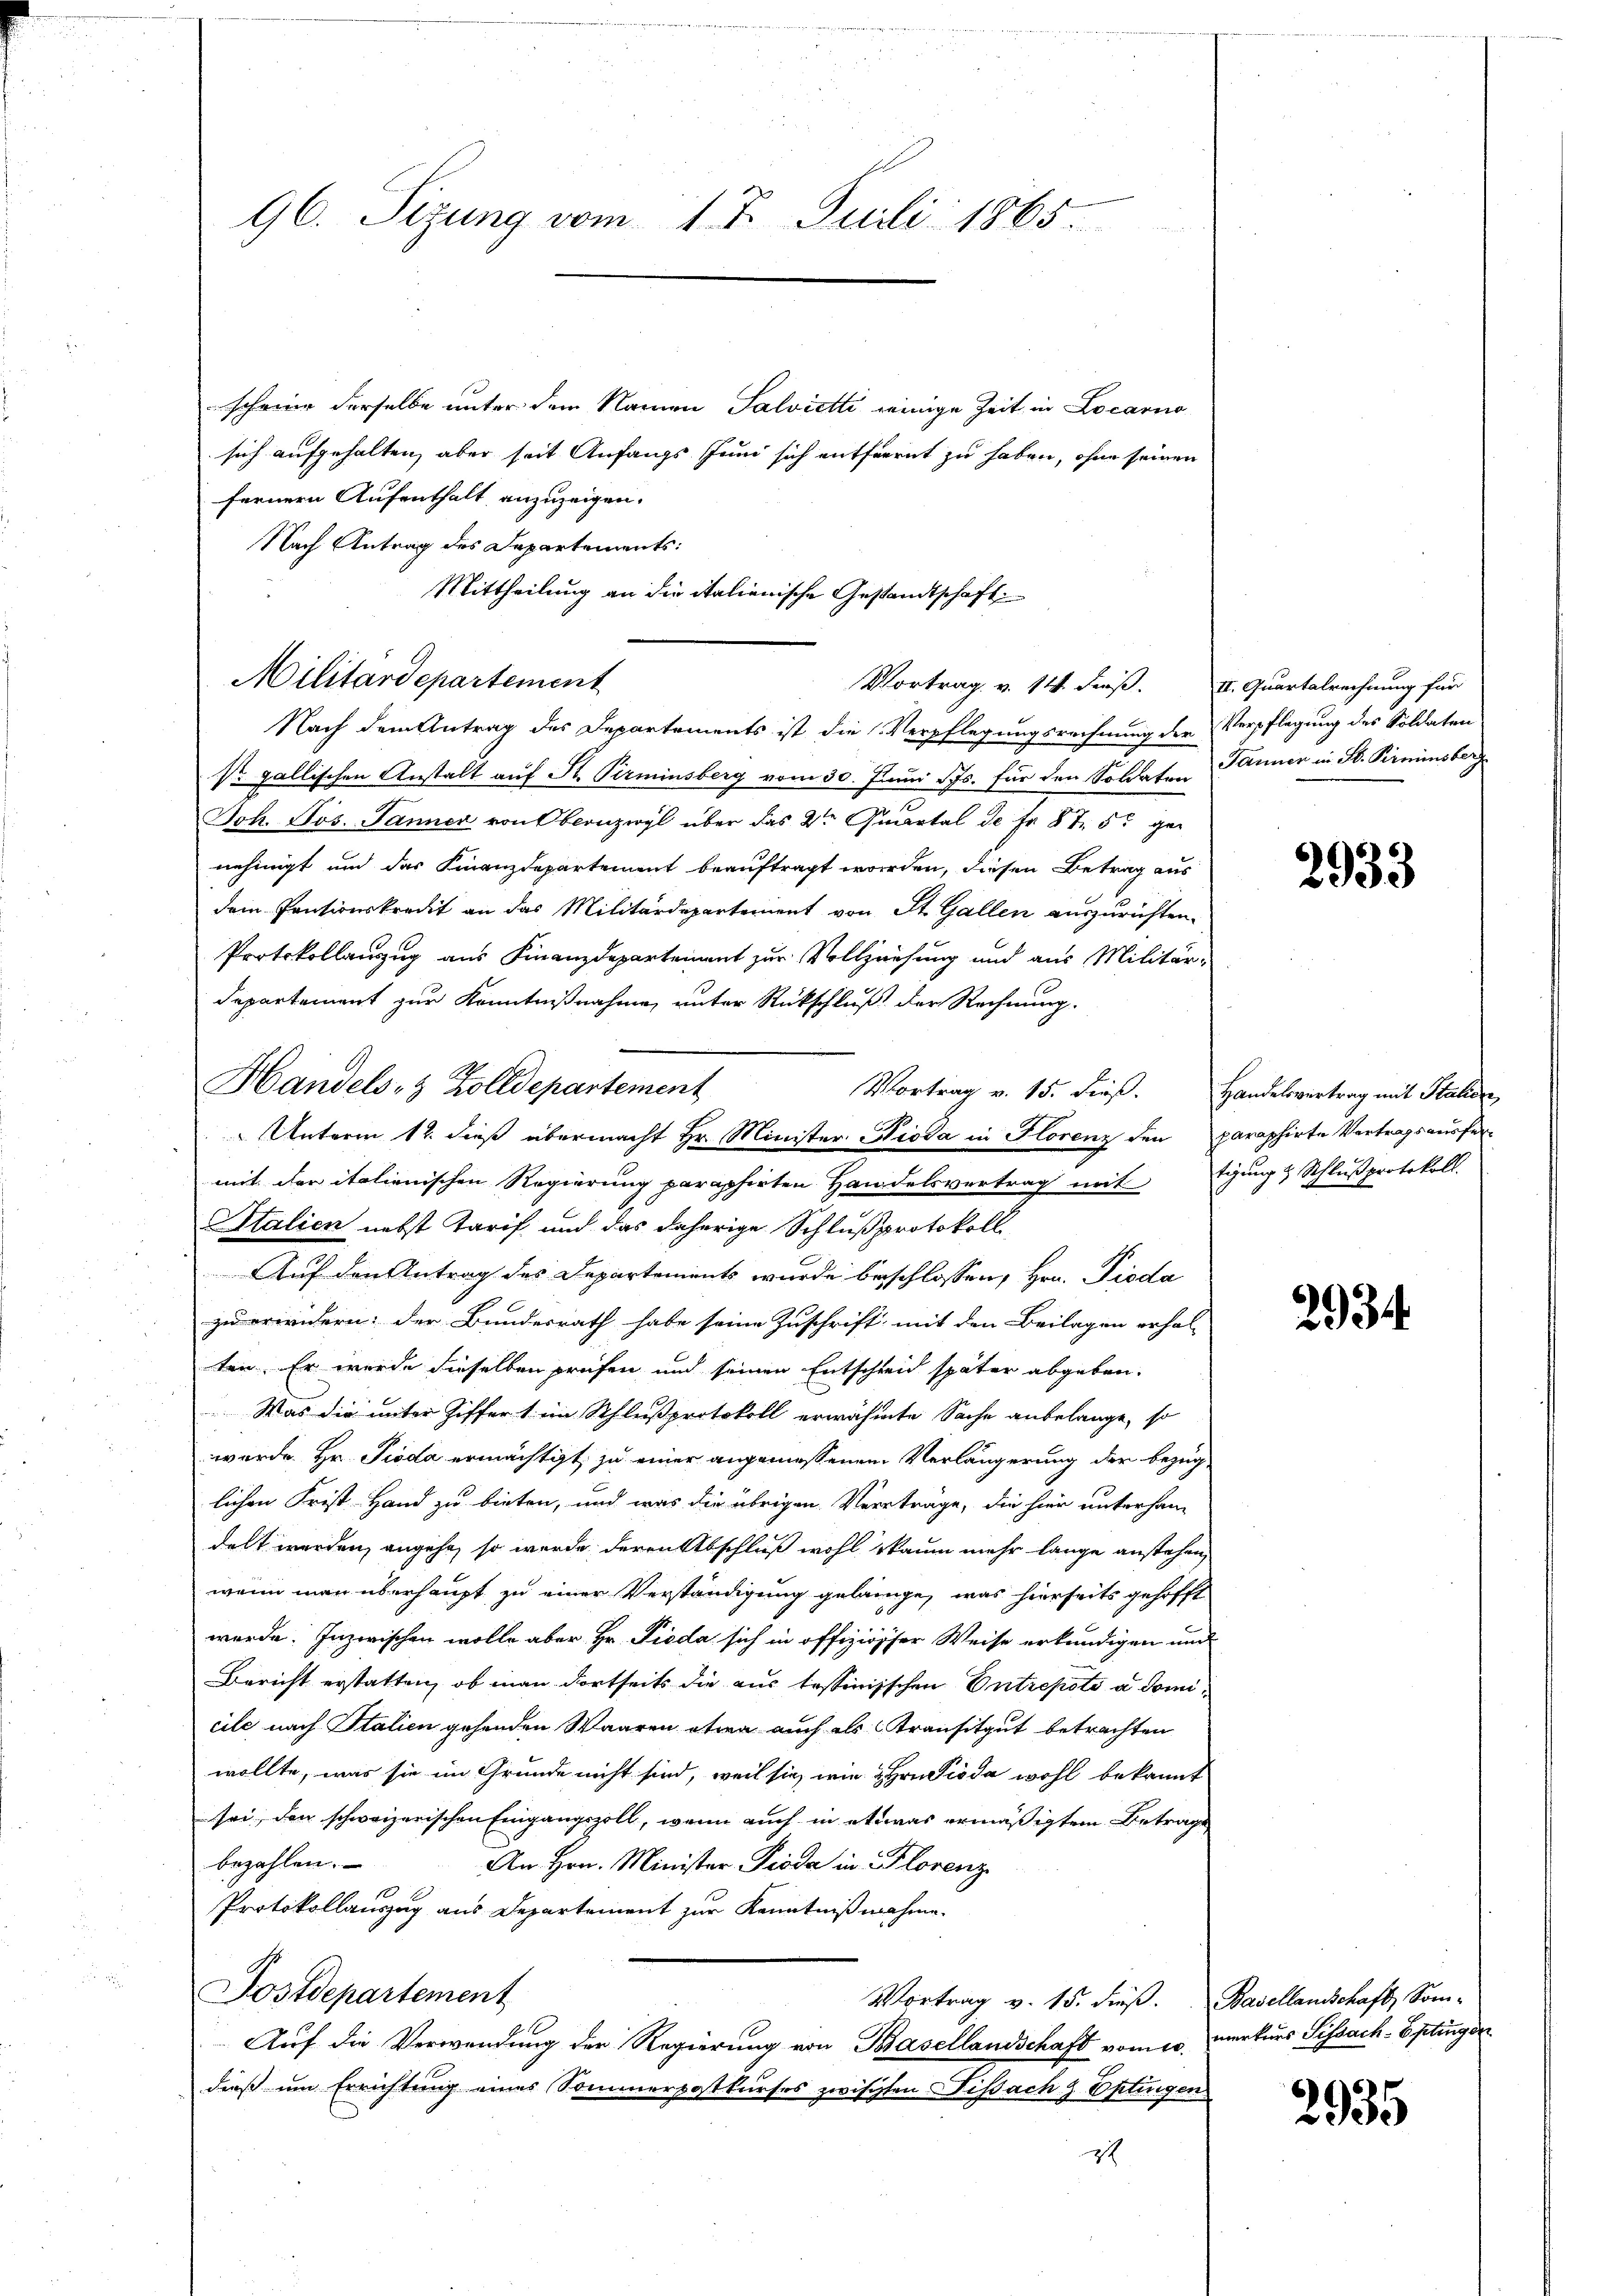
96. Sizung vom 1t Juli 1865.

schwer derselbe unter dem Namen Salvietti einige Zeit in Locarno
sich aufgehalten, aber seit Anfangs Juni sich entfernt zu haben, ohne seinen
fernern Aufenthalt anzuzeigen.
Nach Antrag des Departements:
Nach dem Antrag des Departements ist die Verpflegungsrechnung der Verpflegung des Soldaten
Sr gallischen Anstalt auf St. Pirminsberg vom 30. Junii d. Js. für den Soldaten Jänner in St. Pirminsberg
Joh. Jos. Janner von Obernzwyl über das 2ten Quartal de Fr. 8 t 5 genehmigt und das Finanzdepartement beauftragt worden, diesen Betrag aus
dem Pensionskredit an das Militärdepartement von St. Gallen auszurichten.
Protokollanzug aus Finanzdepartement zur Vollziehung und aus Militär-
Departement zur Kenntnißnahme, unter Rückschluß der Rechnung.
Vortrag v. 15. dieß. Handelsvertrag mit Station,
Unterm 12. dieß übermacht Hr. Minister Pioda in Florenz den paraphirte Vertragsausfermit der italienischen Regierung paraphirten Handelsvertrag mit Egung & Schlußprotokoll.
Italien nebst Tarif und das daherige Schlußprotokoll
Auf den Antrag des Departements wurde beschlossen, Hrn. Pioda
zu erwidern: der Bundesrath habe seine Zuschrift, mit den Beilagen erhal-
ten. Er wurde dieselben prüfen und seinen Entschreid später abgeben.
Was die unter Ziffert im Schlußprotokoll erwähnte Sache anbelange, so
werde. Hr. Pioda ermächtigt, zu einer angemessenem Verlängerung der bezug
lichen Frist Hand zu bieten, und was die übrigen Verträge, die hier unterhandelt werden, angehe, so wurde deren Abschluß wohl kaum mehr lange anstehen,
wenn man überhaupt zu einer Verständigung gelange, was hierseits gehofft
wurde. Inzwischen wolle aber Hr. Pieda sich in offiziösser Weise erkundigen und
Bericht erstatten, ob man dortseits die aus tessinischen Entrepoto a domicile nach Italien gehenden Waaren etwa auch als Transitgut betrachten
wollte, was sie im Grunde nicht sind, weil sie wie & Hrn. Pioda wohl bekannt
sei, den schweizerischen Eingangszoll, wenn auch in etwas ermäßigtem Betrage
bezahlen.
An Hrn. Minister Pioda in Florenz
Protokollauszug aus Departement zur Kenntnißnahme.
Fostdepartement
Vortrag v. 15. dieß. Basellandschaft, Som-
Auf die Verwendung der Regierung von Basellandschaft vom 10. merkurs Sissach-Eßlinger
dieß um Errichtung eines Sommerpostkurses zwischten Fissach & Eptingen
2

Militärdepartement

Handels- & Zolldepartement

Mittheilung an die italienische Gestandtschaft
Vortrag v. 14. dieß. II. Quartalrechnung für

2933

2934.

2935